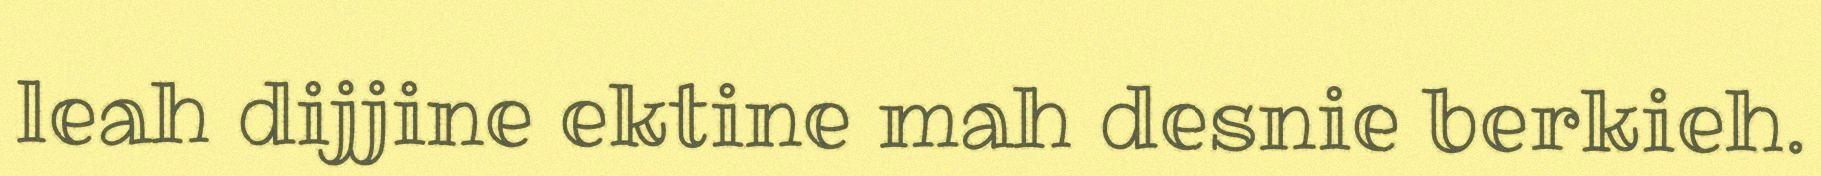
leah dijjine ektine mah desnie berkieh.